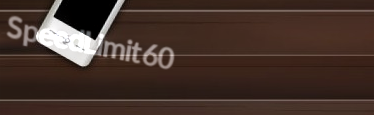
SpeedLimit60